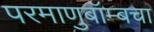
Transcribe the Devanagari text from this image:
परमाणुबॉम्बचा